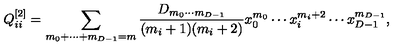
Q _ { i i } ^ { [ 2 ] } = \sum _ { m _ { 0 } + \cdots + m _ { { D - 1 } } = m } { \frac { D _ { m _ { 0 } \cdots m _ { { D - 1 } } } } { ( m _ { i } + 1 ) ( m _ { i } + 2 ) } } x _ { 0 } ^ { m _ { 0 } } \cdots x _ { i } ^ { m _ { i } + 2 } \cdots x _ { { D - 1 } } ^ { m _ { { D - 1 } } } ,